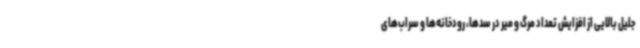
جلیل بالایی از افزایش تعداد مرگ و میر در سدها، رودخانه‌ها و سراب‌های